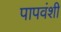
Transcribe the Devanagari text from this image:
पापवंशी